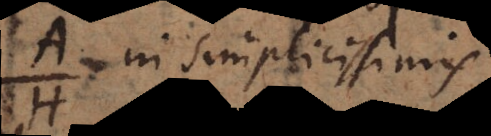
A in simplicissimis